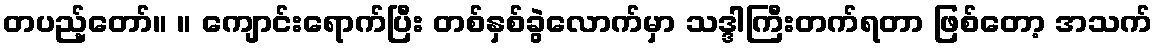
တပည့်တော်။ ။ ကျောင်းရောက်ပြီး တစ်နှစ်ခွဲလောက်မှာ သဒ္ဒါကြီးတက်ရတာ ဖြစ်တော့ အသက်